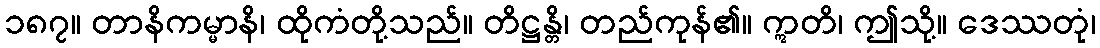
၁၈၇။ တာနိကမ္မာနိ၊ ထိုကံတို့သည်။ တိဋ္ဌန္တိ၊ တည်ကုန်၏။ ဣတိ၊ ဤသို့။ ဒေဿတုံ၊